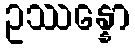
ဥဿန္နော